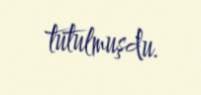
tutulmuşdu.